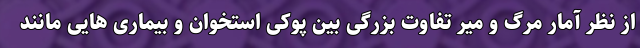
از نظر آمار مرگ و میر تفاوت بزرگی بین پوکی استخوان و بیماری هایی مانند